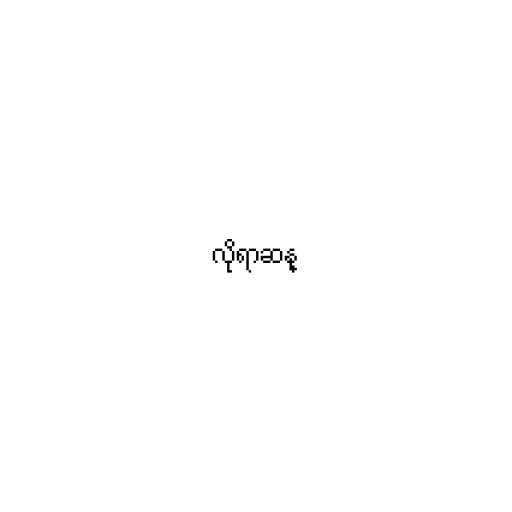
လိုရာဆန္